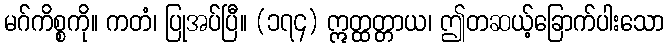
မဂ်ကိစ္စကို။ ကတံ၊ ပြုအပ်ပြီ။ (၁၇၄) ဣတ္ထတ္တာယ၊ ဤတဆယ့်ခြောက်ပါးသော